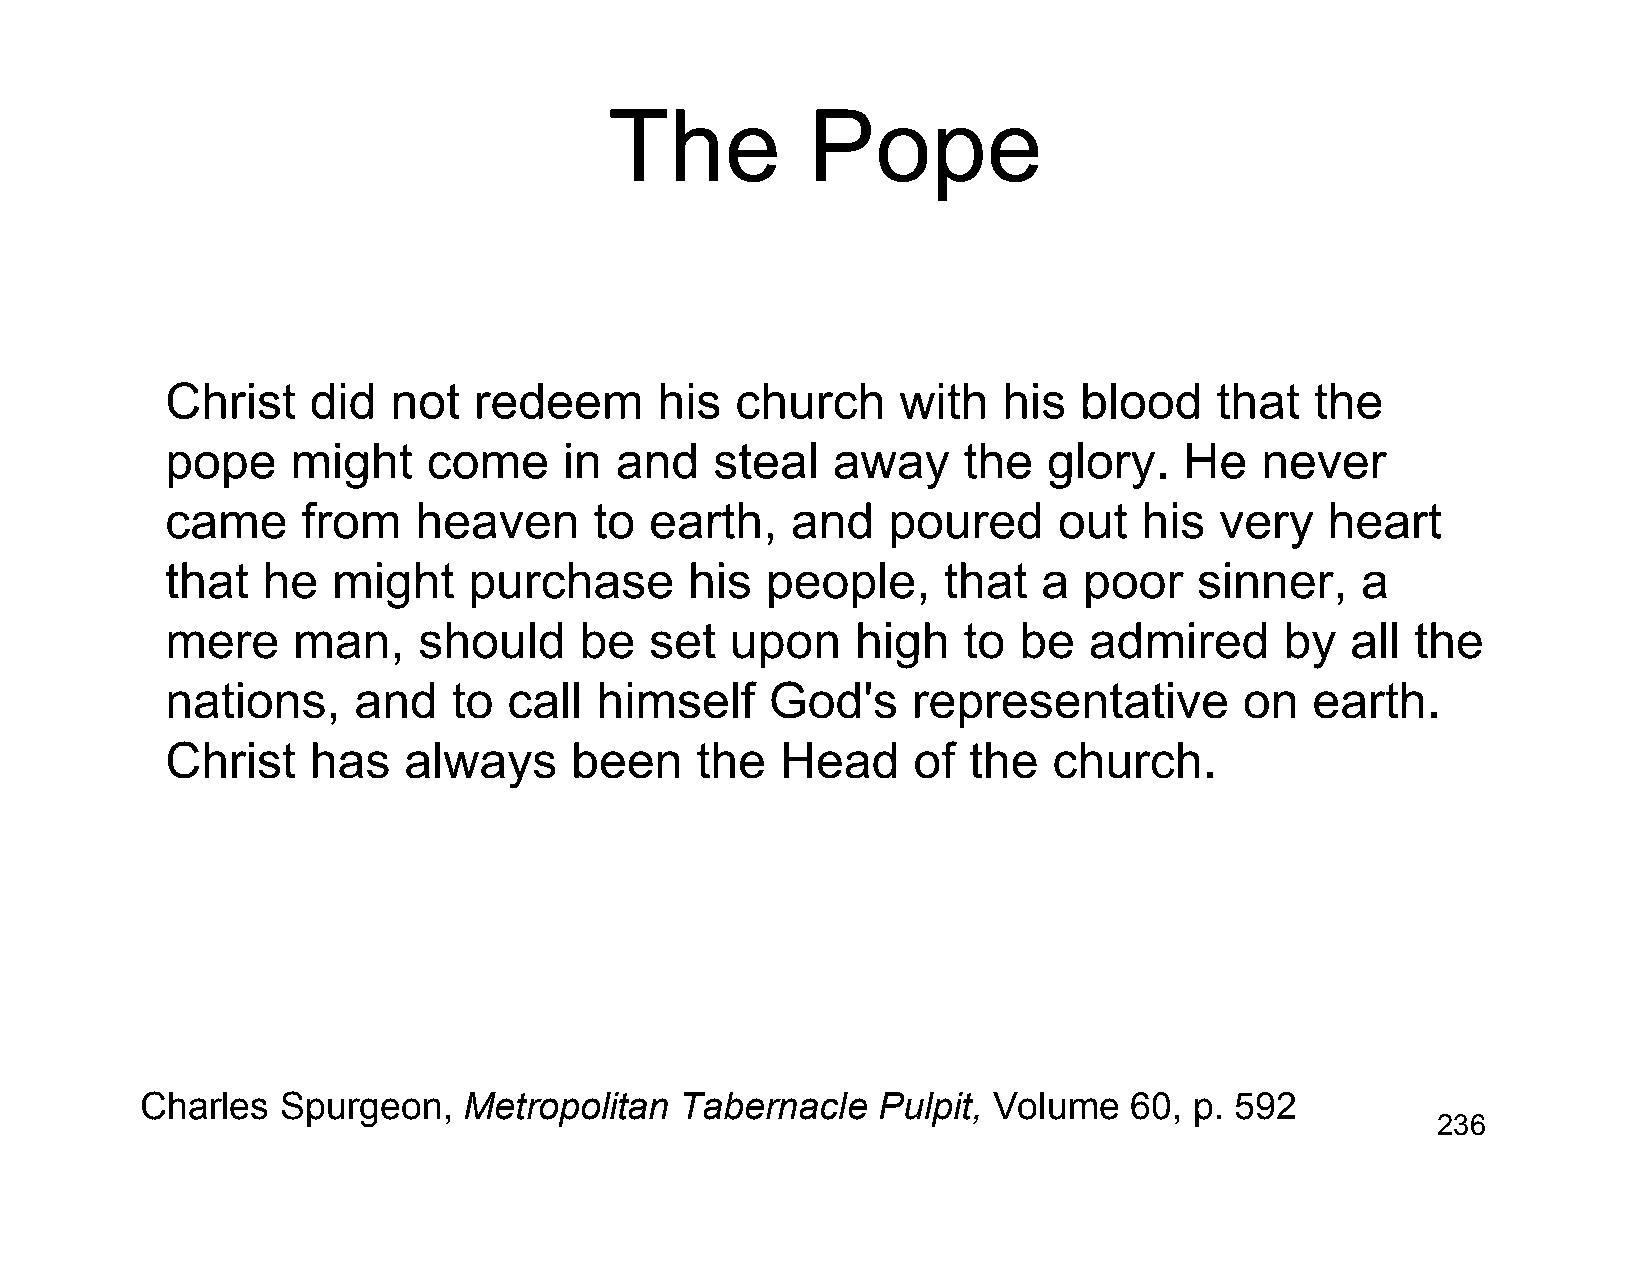
The           Pope
 Christ   did   not  redeem       his  church     with  his  blood    that   the
 pope    might    come     in  and   steal   away     the  glory.   He   never
 came     from   heaven      to  earth,   and    poured     out   his  very   heart
 that  he   might    purchase       his  people,    that   a  poor   sinner,    a
 mere    man,     should    be   set  upon     high   to be   admired      by  all  the
 nations,    and    to  call himself     God's    representative        on   earth.
 Christ   has    always     been    the   Head    of  the   church.
 Charles   Spurgeon,   Metropolitan  Tabernacle   Pulpit, Volume   60, p. 592
 236